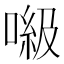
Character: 𠺻